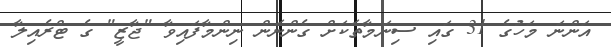
އަންނަ މަހުގެ 31 ގައި ސިނަމާތަކަށް ގެންނަން ނިންމާފައިވާ "ޖާޒީ" ގެ ޓްރެއިލާ